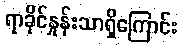
ရာခိုင်နှုန်းသာရှိကြောင်း